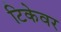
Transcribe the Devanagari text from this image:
टिकेवर